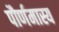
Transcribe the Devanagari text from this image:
पौर्णमास्य